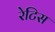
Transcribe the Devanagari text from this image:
रेटिस